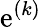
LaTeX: \mathrm{e}^{(k)}